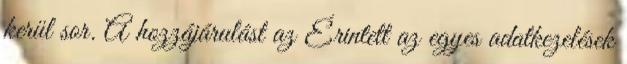
kerül sor. A hozzájárulást az Érintett az egyes adatkezelések